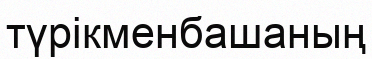
түрікменбашаның